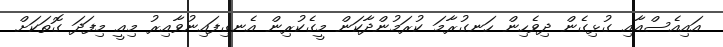
އައިއެސްއާއި ގުޅިގެން ދިވެހިން ހަނގުރާމަ ކުރަމުންދާކަން މީގެކުރިން އެނގިފައިނުވާއިރު މިއީ މިފަދަ ގޮތަކަށް